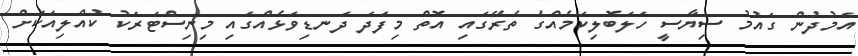
އަމުދުން ގައުމު ސިޔާސީ ހަލަބޮލިކަމެއްގެ ތެރޭގައި އޮތް މިފަދަ ދަނޑިވަޅެއްގައި މިނިސްޓަރަކު ކުއްލިއަކަށް